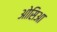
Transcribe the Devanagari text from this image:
ओसिआ